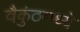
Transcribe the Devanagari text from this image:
वैकुंठमध्ये